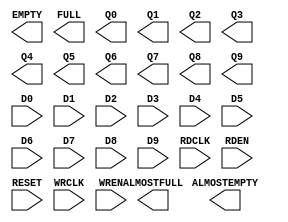
// $Header: /devl/xcs/repo/env/Databases/CAEInterfaces/xec_libs/data/unisims/OUT_FIFO.v,v 1.1 2010/11/23 20:34:48 vandanad Exp $
///////////////////////////////////////////////////////
//  Copyright (c) 2009 Xilinx Inc.
//  All Right Reserved.
///////////////////////////////////////////////////////
//
//   ____   ___
//  /   /\/   / 
// /___/  \  /     Vendor      : Xilinx 
// \  \    \/      Version     : 12.1
//  \  \           Description : Xilinx Formal Library Component
//  /  /                         Fujisan OUT FIFO
// /__/   /\       Filename    : OUT_FIFO.v
// \  \  /  \ 
//  \__\/\__ \                    
//                                 
//  Revision:		Date:     Comment:
//       0.1:		15MAR2010 Initial UNI/UNP/SIM Version from yml
///////////////////////////////////////////////////////

`timescale 1 ps / 1 ps 

module OUT_FIFO (
  ALMOSTEMPTY,
  ALMOSTFULL,
  EMPTY,
  FULL,
  Q0,
  Q1,
  Q2,
  Q3,
  Q4,
  Q5,
  Q6,
  Q7,
  Q8,
  Q9,

  D0,
  D1,
  D2,
  D3,
  D4,
  D5,
  D6,
  D7,
  D8,
  D9,
  RDCLK,
  RDEN,
  RESET,
  WRCLK,
  WREN
);

  parameter integer ALMOST_EMPTY_VALUE = 1;
  parameter integer ALMOST_FULL_VALUE = 1;
  parameter ARRAY_MODE = "ARRAY_MODE_8_X_4";
  parameter OUTPUT_DISABLE = "FALSE";
  parameter SYNCHRONOUS_MODE = "FALSE";

  output ALMOSTEMPTY;
  output ALMOSTFULL;
  output EMPTY;
  output FULL;
  output [3:0] Q0;
  output [3:0] Q1;
  output [3:0] Q2;
  output [3:0] Q3;
  output [3:0] Q4;
  output [3:0] Q7;
  output [3:0] Q8;
  output [3:0] Q9;
  output [7:0] Q5;
  output [7:0] Q6;

  input RDCLK;
  input RDEN;
  input RESET;
  input WRCLK;
  input WREN;
  input [7:0] D0;
  input [7:0] D1;
  input [7:0] D2;
  input [7:0] D3;
  input [7:0] D4;
  input [7:0] D5;
  input [7:0] D6;
  input [7:0] D7;
  input [7:0] D8;
  input [7:0] D9;
  
endmodule // OUT_FIFO